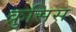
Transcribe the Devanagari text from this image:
क्रुसिस